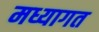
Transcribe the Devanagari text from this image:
मध्यागत